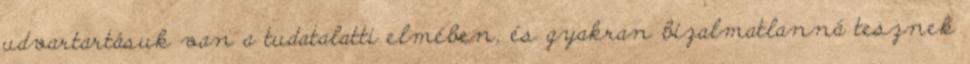
udvartartásuk van a tudatalatti elmében, és gyakran bizalmatlanná tesznek